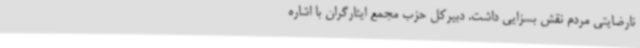
نارضایتی مردم نقش بسزایی داشت. دبیرکل حزب مجمع ایثارگران با اشاره